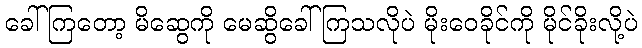
ခေါ်ကြတော့ မိဆွေကို မေဆွိခေါ်ကြသလိုပဲ မိုးဝေခိုင်ကို မိုင်ခိုးလို့ပဲ